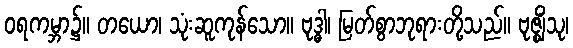
ဝရကမ္ဘာ၌။ တယော၊ သုံးဆူကုန်သော။ ဗုဒ္ဓါ၊ မြတ်စွာဘုရားတို့သည်။ ဗုဇ္ဈိံသု၊